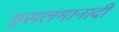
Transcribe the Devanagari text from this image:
मुसलमानादी